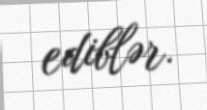
ediblər.